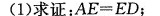
(1)求证：$$A E = E D$$；